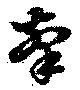
牽